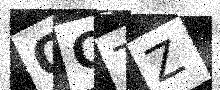
Text: OCZZ